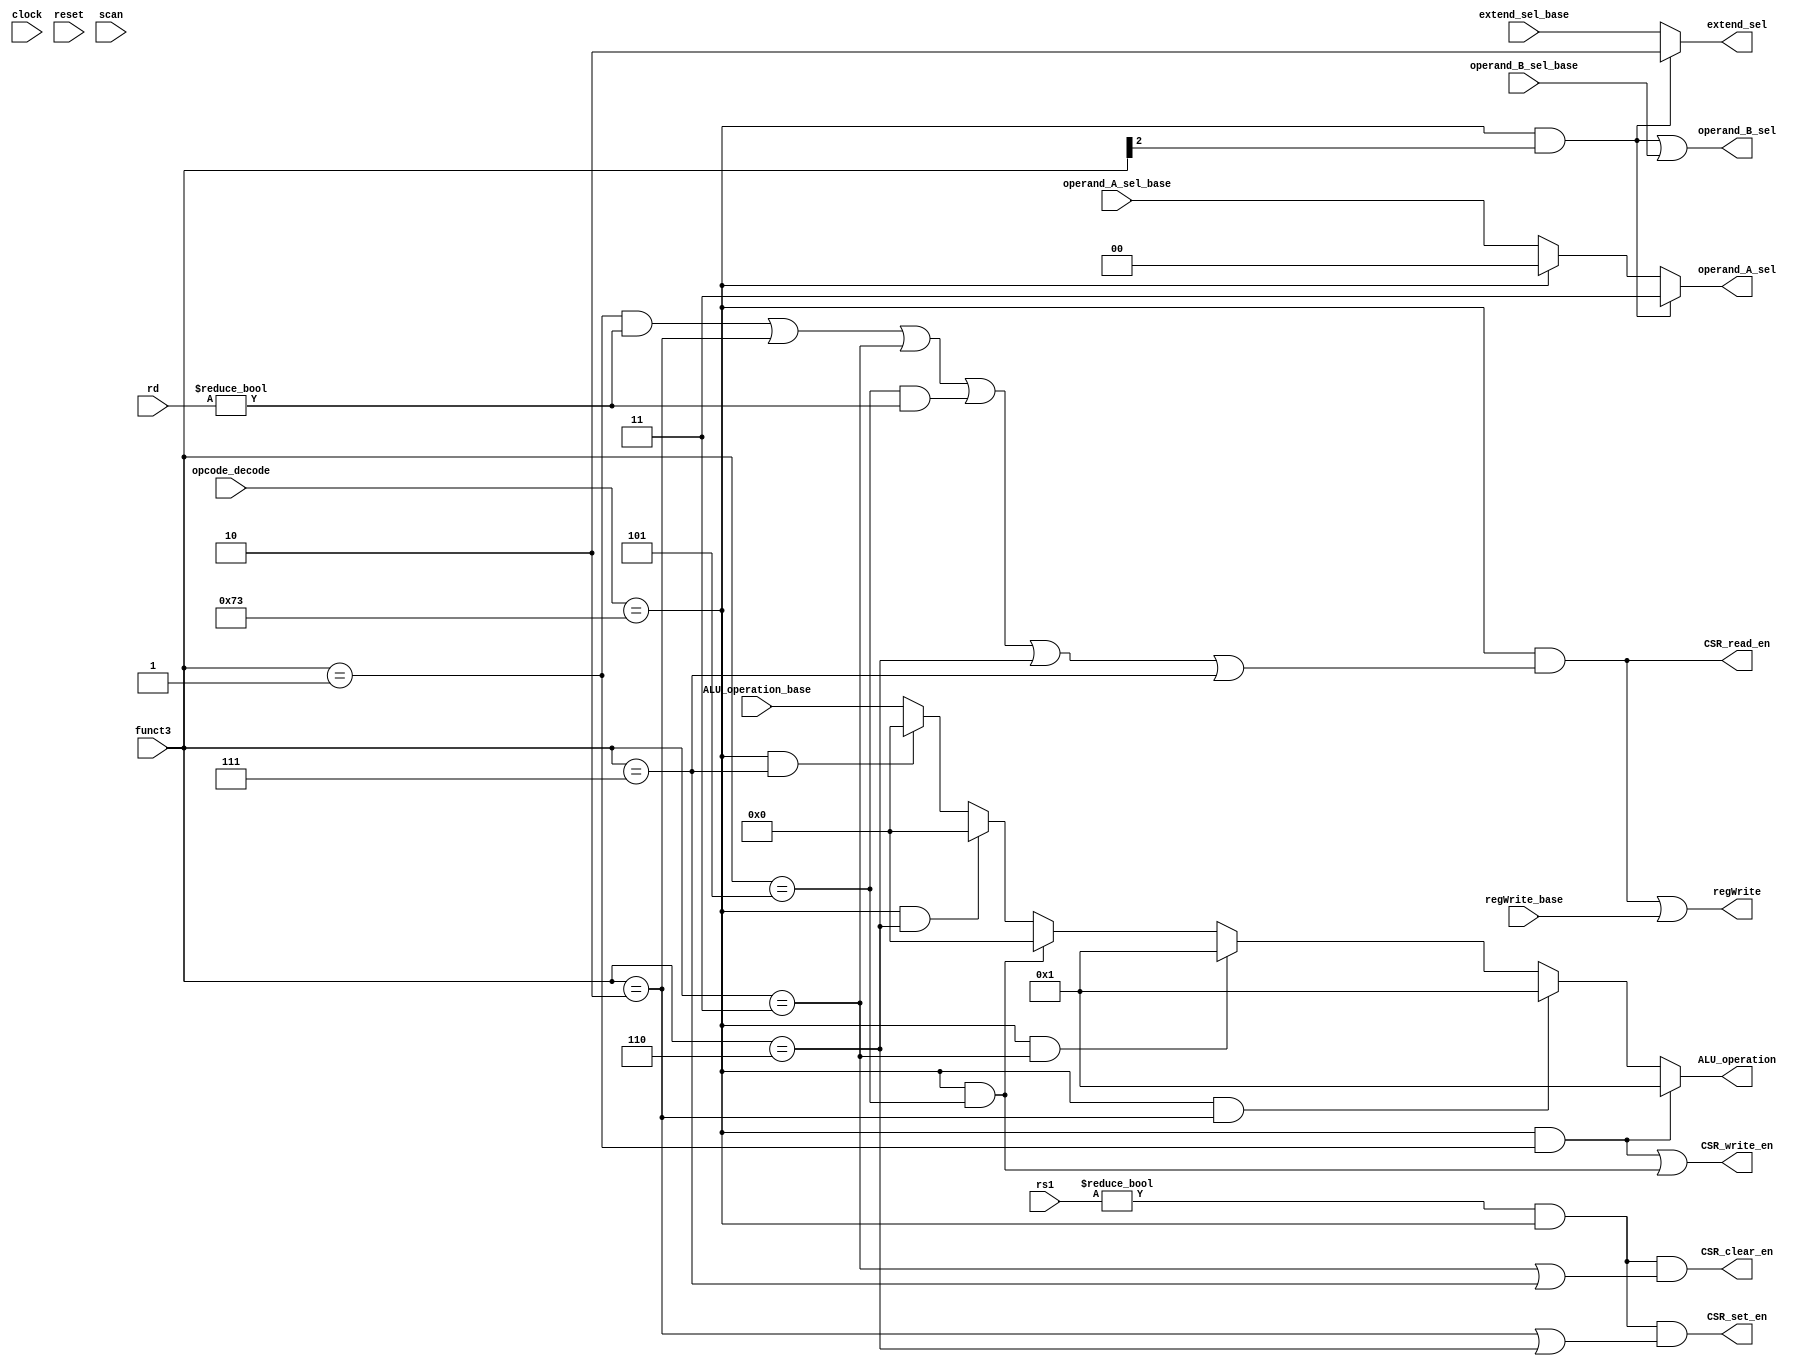
/** @module : CSR_control
 *  @author : Secure, Trusted, and Assured Microelectronics (STAM) Center

 *  Copyright (c) 2022 Trireme (STAM/SCAI/ASU)
 *  Permission is hereby granted, free of charge, to any person obtaining a copy
 *  of this software and associated documentation files (the "Software"), to deal
 *  in the Software without restriction, including without limitation the rights
 *  to use, copy, modify, merge, publish, distribute, sublicense, and/or sell
 *  copies of the Software, and to permit persons to whom the Software is
 *  furnished to do so, subject to the following conditions:
 *  The above copyright notice and this permission notice shall be included in
 *  all copies or substantial portions of the Software.

 *  THE SOFTWARE IS PROVIDED "AS IS", WITHOUT WARRANTY OF ANY KIND, EXPRESS OR
 *  IMPLIED, INCLUDING BUT NOT LIMITED TO THE WARRANTIES OF MERCHANTABILITY,
 *  FITNESS FOR A PARTICULAR PURPOSE AND NONINFRINGEMENT. IN NO EVENT SHALL THE
 *  AUTHORS OR COPYRIGHT HOLDERS BE LIABLE FOR ANY CLAIM, DAMAGES OR OTHER
 *  LIABILITY, WHETHER IN AN ACTION OF CONTRACT, TORT OR OTHERWISE, ARISING FROM,
 *  OUT OF OR IN CONNECTION WITH THE SOFTWARE OR THE USE OR OTHER DEALINGS IN
 *  THE SOFTWARE.
 */


module CSR_control #(
  parameter CORE            = 0,
  parameter SCAN_CYCLES_MIN = 0,
  parameter SCAN_CYCLES_MAX = 1000
) (
  input clock,
  input reset,

  input [6:0] opcode_decode,
  input [2:0] funct3, // decode
  input [4:0] rs1,
  input [4:0] rd,
  input [1:0] extend_sel_base,
  input [1:0] operand_A_sel_base,
  input       operand_B_sel_base,
  input [5:0] ALU_operation_base,
  input       regWrite_base,

  output CSR_read_en,
  output CSR_write_en,
  output CSR_set_en,
  output CSR_clear_en,


  output [1:0] extend_sel,
  output [1:0] operand_A_sel,
  output       operand_B_sel,
  output [5:0] ALU_operation,
  output       regWrite,

  input scan
);

localparam SYSTEM = 7'b1110011;

// Do not read on CSRRW instructions w/ rd=0.
//assign CSR_read_en = (opcode_decode == SYSTEM) & ~((funct3[2:0] == 2'd1) & (rd == 5'd0));
assign CSR_read_en = (opcode_decode == SYSTEM) & (
 ((funct3 == 3'b001) & (rd != 5'd0)) | // CSRRW
  (funct3 == 3'b010)                 | // CSRRS
  (funct3 == 3'b011)                 | // CSRRC
 ((funct3 == 3'b101) & (rd != 5'd0)) | // CSRRWI
  (funct3 == 3'b110)                 | // CSRRSI
  (funct3 == 3'b111)                   // CSRRCI
);


assign CSR_write_en = (opcode_decode == SYSTEM & funct3 == 3'b001) |
                      (opcode_decode == SYSTEM & funct3 == 3'b101);

assign CSR_set_en =  (rs1 != 5'd0) & (opcode_decode == SYSTEM) & (
  (funct3 == 3'b010) |
  (funct3 == 3'b110)
);

assign CSR_clear_en = (rs1 != 5'd0) & (opcode_decode == SYSTEM) & (
  (funct3 == 3'b011) |
  (funct3 == 3'b111)
);

assign operand_A_sel = (opcode_decode == SYSTEM) & funct3[2] ?  2'b11 : // Select 0 for immediate CSR instructions
                       (opcode_decode == SYSTEM)             ?  2'b00 : // Select RS1 for other CSR instructions
                       operand_A_sel_base;

// Add extra ALU op conditions
assign ALU_operation =
  (opcode_decode == SYSTEM & funct3 == 3'b001) ? 6'd1 : // CSRRW (Passthrough A)
  (opcode_decode == SYSTEM & funct3 == 3'b010) ? 6'd1 : // CSRRS (Passthrough A)
  (opcode_decode == SYSTEM & funct3 == 3'b011) ? 6'd1 : // CSRRC (Passthrough A)
  (opcode_decode == SYSTEM & funct3 == 3'b101) ? 6'd0 : // CSRRWI (B+0 Passthrough)
  (opcode_decode == SYSTEM & funct3 == 3'b110) ? 6'd0 : // CSRRSI (B+0 Passthrough)
  (opcode_decode == SYSTEM & funct3 == 3'b111) ? 6'd0 : // CSRRCI (B+0 Passthrough)
  ALU_operation_base;

// Add extra condition to extend_sel
assign extend_sel = (opcode_decode == SYSTEM) & funct3[2] ? 2'b10 : extend_sel_base;
assign operand_B_sel = ((opcode_decode == SYSTEM) & funct3[2]) | operand_B_sel_base;

assign regWrite = CSR_read_en | regWrite_base;

reg [31: 0] cycles;
always @ (posedge clock) begin
  cycles <= reset? 0 : cycles + 1;
  if (scan  & ((cycles >= SCAN_CYCLES_MIN) & (cycles <= SCAN_CYCLES_MAX)) )begin
    $display ("------ Core %d CSR Control Unit - Current Cycle %d ------", CORE, cycles);
    $display ("| Opcode decode  [%b]", opcode_decode);
    $display ("| Funct3         [%b]", funct3);
    $display ("| RS1            [%b]", rs1);
    $display ("| RD             [%b]", rd);
    $display ("| CSRRead        [%b]", CSR_read_en);
    $display ("| RegWrite       [%b]", regWrite);
    $display ("| ALU_operation  [%b]", ALU_operation);
    $display ("| Extend_sel     [%b]", extend_sel);
    $display ("| ALUSrc_B       [%b]", operand_B_sel);
    $display ("----------------------------------------------------------------------");
  end
end

endmodule